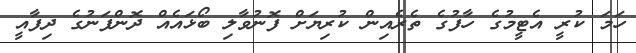
ހަމަ ކުރީ އެޓީމުގެ ހާފުގެ ތެރެއިން ކުރިޔަށް ފޮނުވާލި ބޯޅައެއް ދޮންފަނުގެ ދިފާއީ